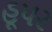
હૂપર